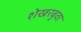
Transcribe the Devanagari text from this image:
शेखरबुवा